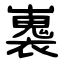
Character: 㠢